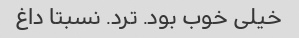
خیلی خوب بود. ترد. نسبتا داغ